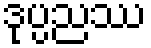
ဒုပ္ပညဿ